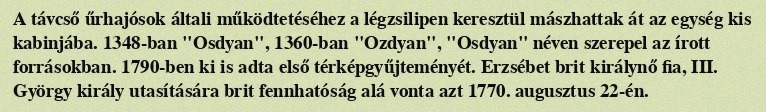
A távcső űrhajósok általi működtetéséhez a légzsilipen keresztül mászhattak át az egység kis kabinjába. 1348-ban "Osdyan", 1360-ban "Ozdyan", "Osdyan" néven szerepel az írott forrásokban. 1790-ben ki is adta első térképgyűjteményét. Erzsébet brit királynő fia, III. György király utasítására brit fennhatóság alá vonta azt 1770. augusztus 22-én.